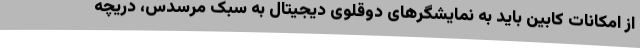
از امکانات کابین باید به نمایشگرهای دوقلوی دیجیتال به سبک مرسدس، دریچه